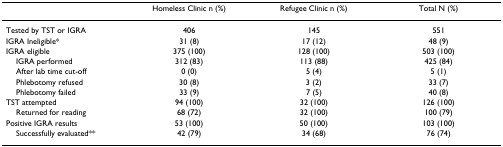
<table><thead><tr><td></td><td><b>Homeless Clinic n (%)</b></td><td><b>Refugee Clinic n (%)</b></td><td><b>Total N (%)</b></td></tr></thead><tbody><tr><td>Tested by TST or IGRA</td><td>406</td><td>145</td><td>551</td></tr><tr><td>IGRA Ineligible*</td><td>31 (8)</td><td>17 (12)</td><td>48 (9)</td></tr><tr><td>IGRA eligible</td><td>375 (100)</td><td>128 (100)</td><td>503 (100)</td></tr><tr><td> IGRA performed</td><td>312 (83)</td><td>113 (88)</td><td>425 (84)</td></tr><tr><td> After lab time cut-off</td><td>0 (0)</td><td>5 (4)</td><td>5 (1)</td></tr><tr><td> Phlebotomy refused</td><td>30 (8)</td><td>3 (2)</td><td>33 (7)</td></tr><tr><td> Phlebotomy failed</td><td>33 (9)</td><td>7 (5)</td><td>40 (8)</td></tr><tr><td>TST attempted</td><td>94 (100)</td><td>32 (100)</td><td>126 (100)</td></tr><tr><td> Returned for reading</td><td>68 (72)</td><td>32 (100)</td><td>100 (79)</td></tr><tr><td>Positive IGRA results</td><td>53 (100)</td><td>50 (100)</td><td>103 (100)</td></tr><tr><td> Successfully evaluated**</td><td>42 (79)</td><td>34 (68)</td><td>76 (74)</td></tr></tbody></table>